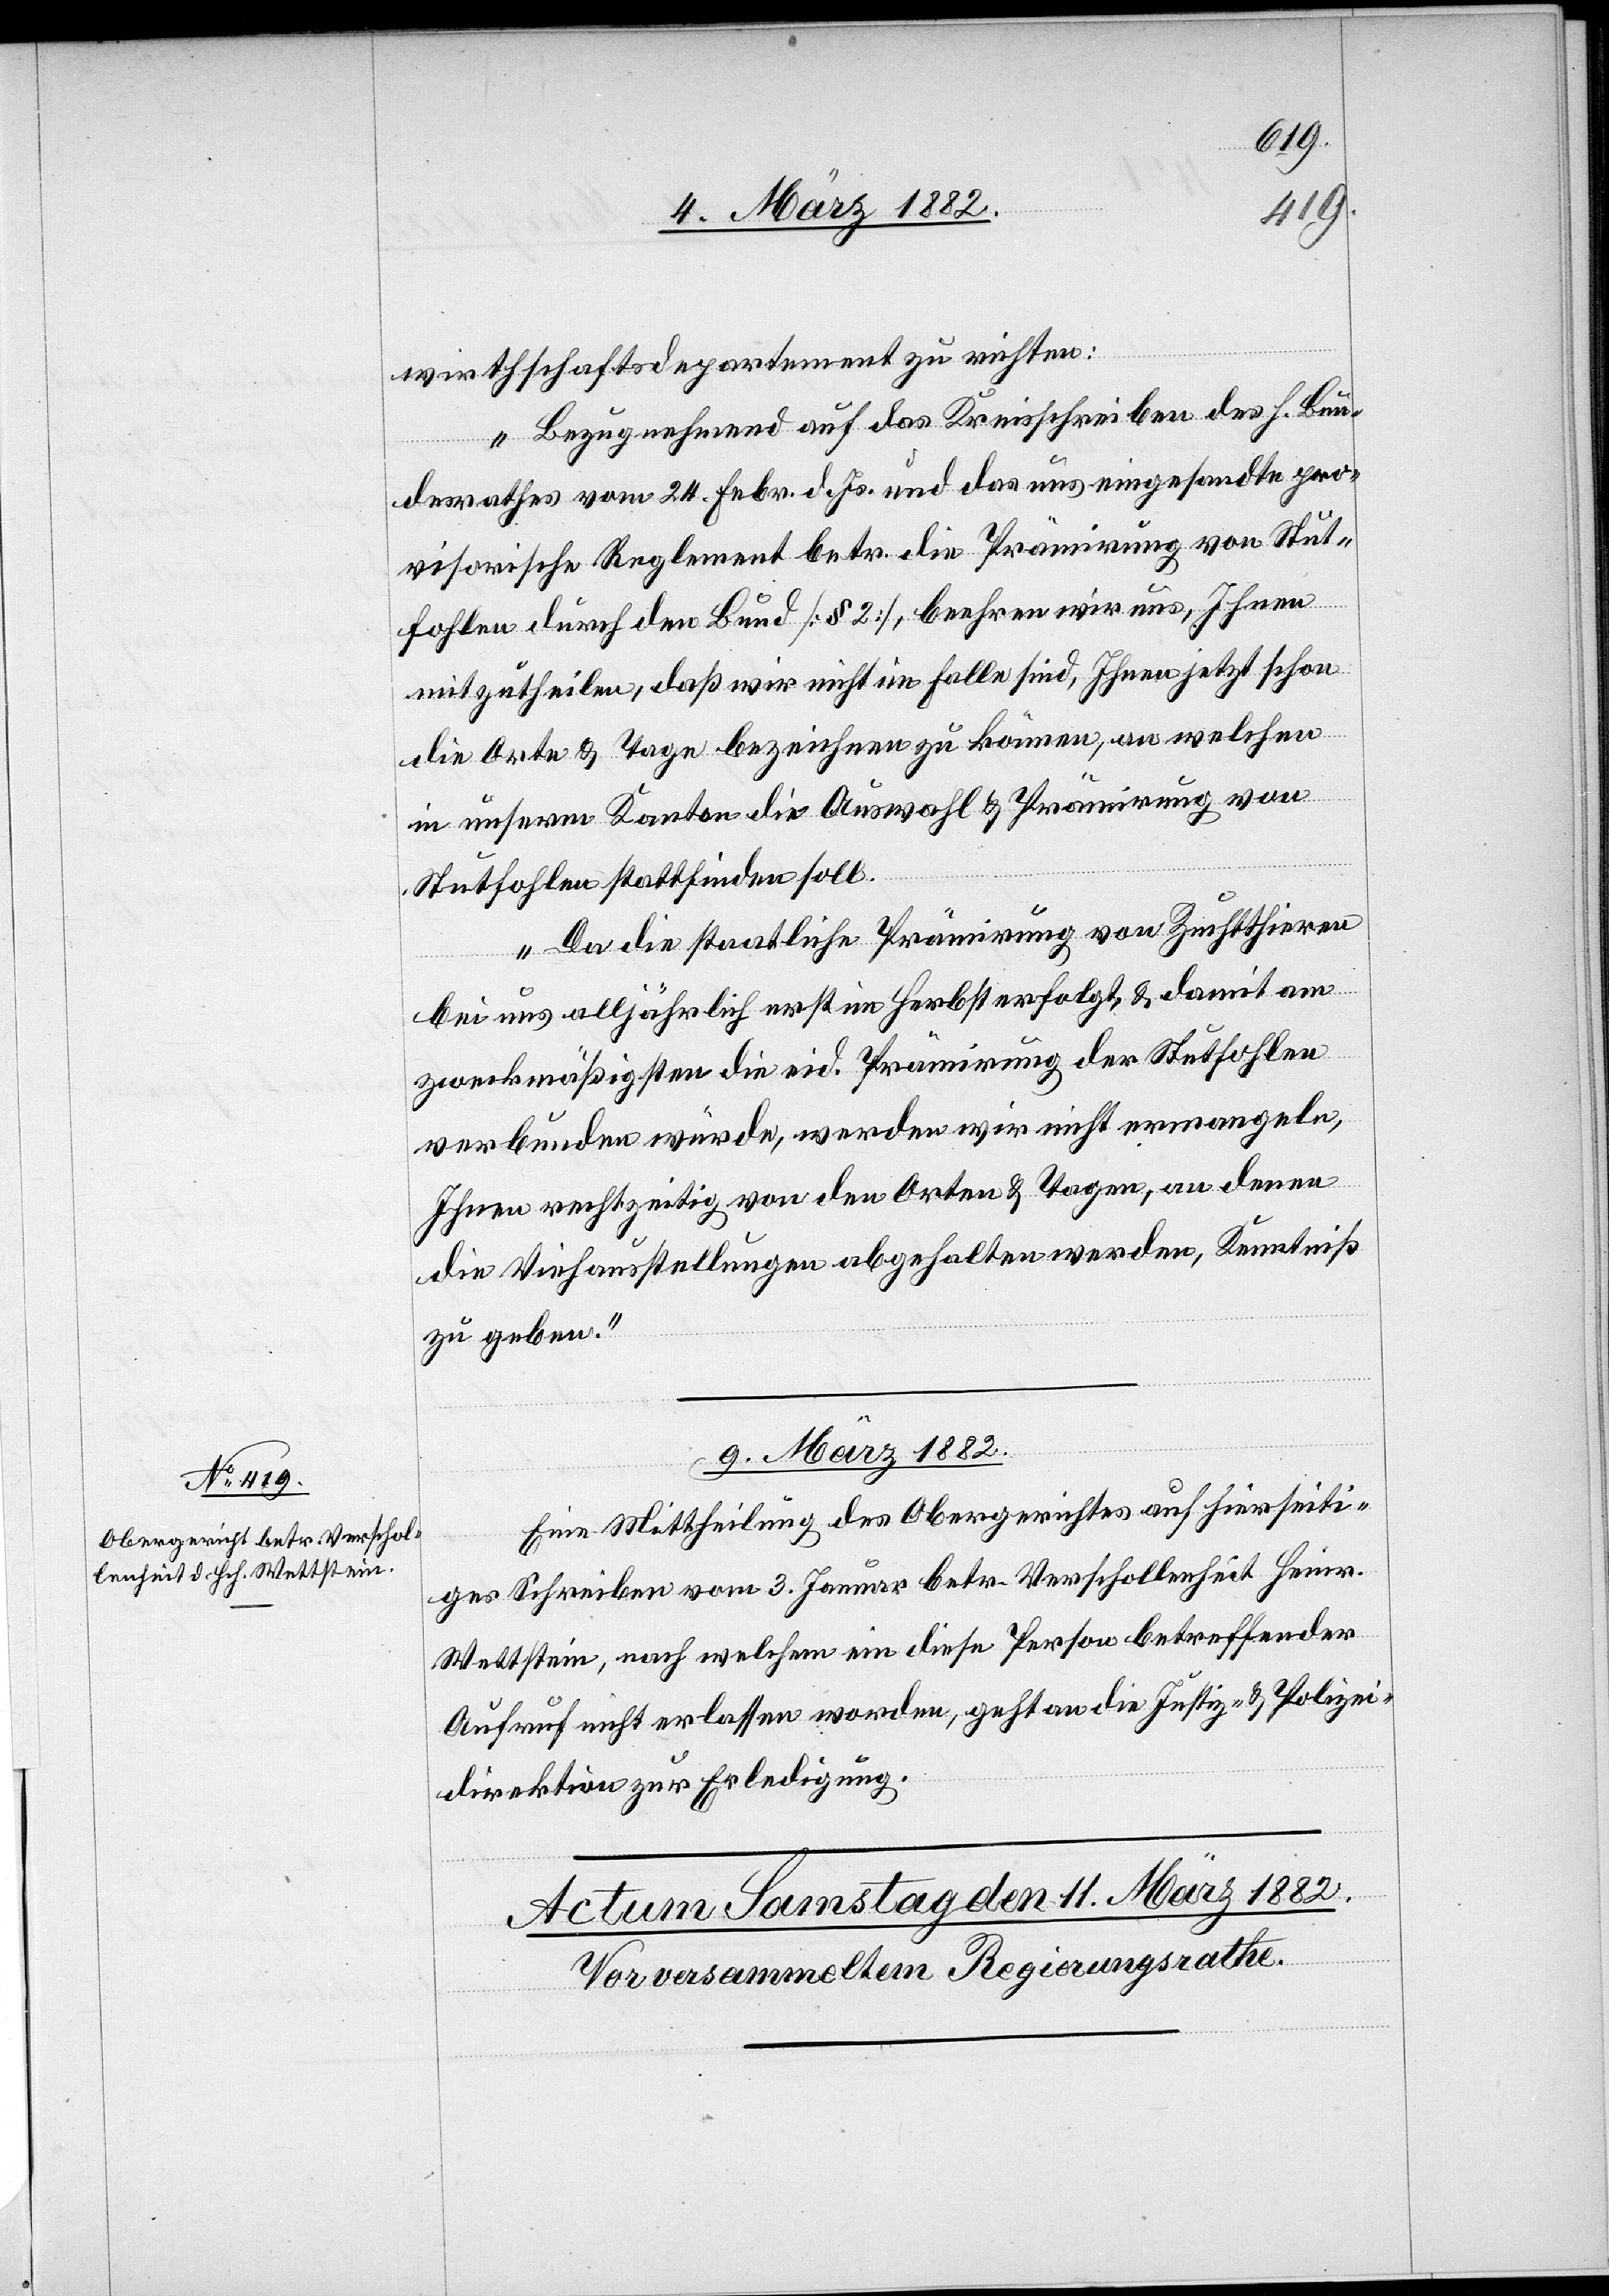
wirthschaftsdepartement zu richten:
„Bezugnehmend auf das Kreisschreiben des h. Bun¬
desrathes vom 24. Febr. d. Js. und das uns eingesandte pro¬
visorische Reglement betr. die Prämierung von Stut¬
fohlen durch den Bund [§ 2], beehren wir uns, Ihnen
mitzutheilen, daß wir nicht im Falle sind, Ihnen jetzt schon
die Orte & Tage bezeichnen zu können, an welchen
in unserem Kanton die Auswahl & Prämierung von
Stutfohlen stattfinden soll.
Da die staatliche Prämierung von Zuchtthieren
bei uns alljährlich erst im Herbst erfolgt & damit am
zweckmäßigsten die eid. Prämierung der Stutfohlen
verbunden würde, werden wir nicht ermangeln,
Ihnen rechtzeitig von den Orten & Tagen, an denen
die Viehausstellungen abgehalten werden, Kenntniß
zu geben.“
9. März 1882.
Eine Mittheilung des Obergerichtes auf hierseiti¬
ges Schreiben vom 3. Januar betr. Verschollenheit Heinr.
Wettstein, nach welchem ein diese Person betreffender
Aufruf nicht erlassen worden, geht an die Justiz- & Polizei¬
direktion zu Erledigung.